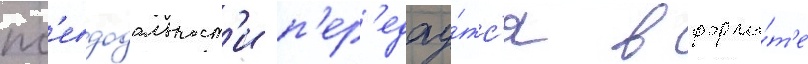
пс'евдодальност'и п'ер'едау́тс'я в форма́т'е